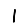
Digit: 1